Civil Veterinary Dept. North-West Frontier Province 1933-46 - 1933-1946
Year: 1933
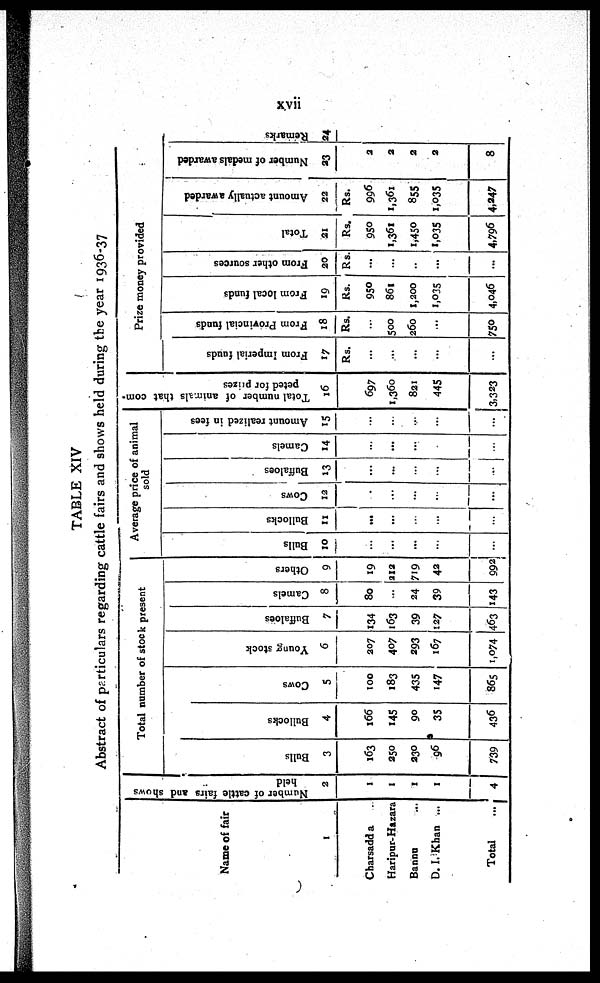
xvii
TABLE XIV
Abstract of particulars regarding cattle fairs and shows held during the year 1936-37
Name of fair
1
Charsadda
Haripur-Hazara
Bannu ...
D. I. Khan ...
Total
...
Number of cattle lairs and shows
held
2
1
1
1
1
4
Total number of stock present
Bulls
3
163
250
230
96
739
Bullocks
4
166
145
90
35
436
Cows
5
100
183
435
147
865
Young stock
6
207
407
293
167
1,074
Buffaloes
7
134
163
39
127
463
Camels
8
80
...
24
39
143
Others
9
19
212
719
42
992
Average price of animal
sold
Bulls
10
...
...
...
...
...
Bullocks
11
...
...
...
...
...
Cows
12
...
...
...
...
...
Buffaloes
13
...
...
...
...
...
Camels
»4
...
...
...
...
...
Amount realized in fees
15
...
...
...
...
...
Total number of animals that com-
peted for prizes
16
697
1,360
821
445
3,323
Prize money provided
From Imperial fnuds
17
Rs.
...
...
...
...
...
From Provincial funds
18
Rs.
...
500
260
...
750
From local funds
19
Rs.
950
861
1,200
1,035
4,046
From other sources
20
Rs.
...
...
...
...
...
Total
21
Rs.
950
1,361
1,450
1,035
4,796
Amount actually awarded
22
Rs.
996
1,361
855
1,035
4,247
Number of medals awarded
23
2
2
2
2
8
Remarks
24